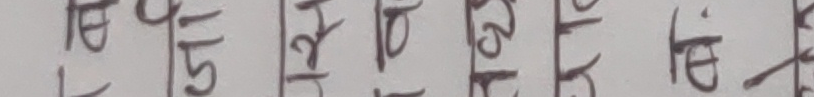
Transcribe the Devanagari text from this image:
आ १ उ ५ अ १० २० ३० १५ ४० ६० दि